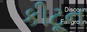
કીટૂન